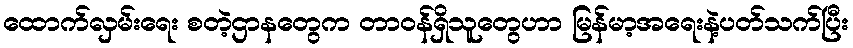
ထောက်လှမ်းရေး စတဲ့ဌာနတွေက တာဝန်ရှိသူတွေဟာ မြန်မာ့အရေးနဲ့ပတ်သက်ပြီး